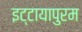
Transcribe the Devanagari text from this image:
इट्टायापुरम